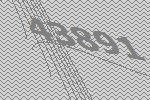
43891